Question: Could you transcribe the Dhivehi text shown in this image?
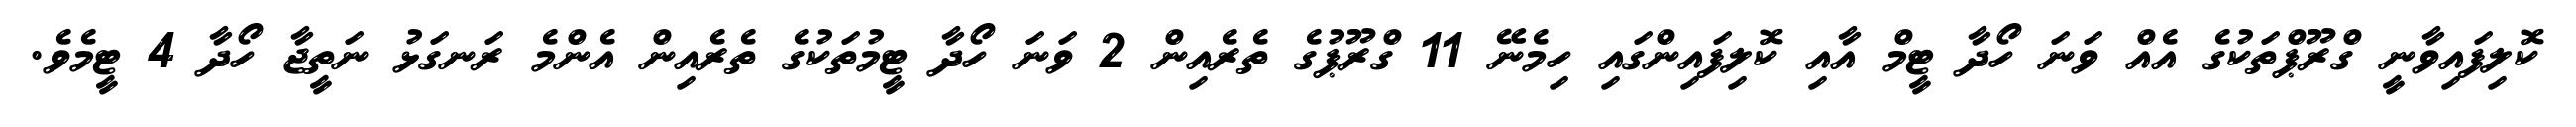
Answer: ކޮލިފައިވާނީ ގްރޫޕްތަކުގެ އެއް ވަނަ ހޯދާ ޓީމް އާއި ކޮލިފައިންގައި ހިމެނޭ 11 ގްރޫޕުގެ ތެރެއިން 2 ވަނަ ހޯދާ ޓީމުތަކުގެ ތެރެއިން އެންމެ ރަނގަޅު ނަތީޖާ ހޯދާ 4 ޓީމެވެ.